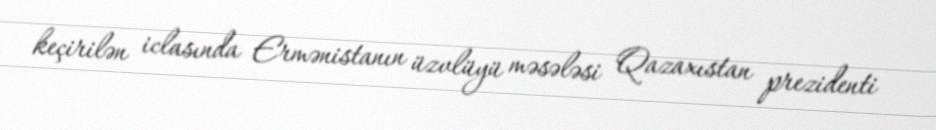
keçirilən iclasında Ermənistanın üzvlüyü məsələsi Qazaxıstan prezidenti